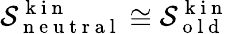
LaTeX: \mathcal{S}_{\mathrm{~n~e~u~t~r~a~l~}}^{\mathrm{~k~i~n~}}\cong\mathcal{S}_{\mathrm{~o~l~d~}}^{\mathrm{~k~i~n~}}